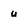
Character: u